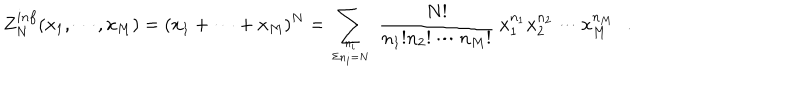
Z _ { N } ^ { i n f } ( x _ { 1 } , \cdots , x _ { M } ) = ( x _ { 1 } + \cdots + x _ { M } ) ^ { N } = \sum _ { { n _ { i } } \atop { \Sigma n _ { i } = N } } ~ { \frac { N ! } { n _ { 1 } ! n _ { 2 } ! \cdots n _ { M } ! } } ~ x _ { 1 } ^ { n _ { 1 } } x _ { 2 } ^ { n _ { 2 } } \cdots x _ { M } ^ { n _ { M } } \, \, \, \, .